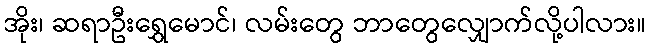
အိုး၊ ဆရာဦးရွှေမောင်၊ လမ်းတွေ ဘာတွေလျှောက်လို့ပါလား။